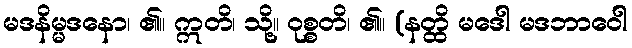
မဒနိမ္မဒနော၊ ၏။ ဣတိ၊ သို့။ ဝုစ္စတိ၊ ၏။ (နတ္ထိ မဒေါ မဒဘာဝေါ